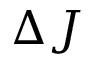
\Delta J